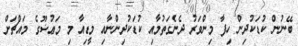
ބޭނުން ކުޑަކުދިން ހިފާ މިންވަރު ދެނެގަތުމާއި ކުޑަކުދިންނާއި މީޑިއާ މި މަޢުޟޫގެ މައްޗަށް